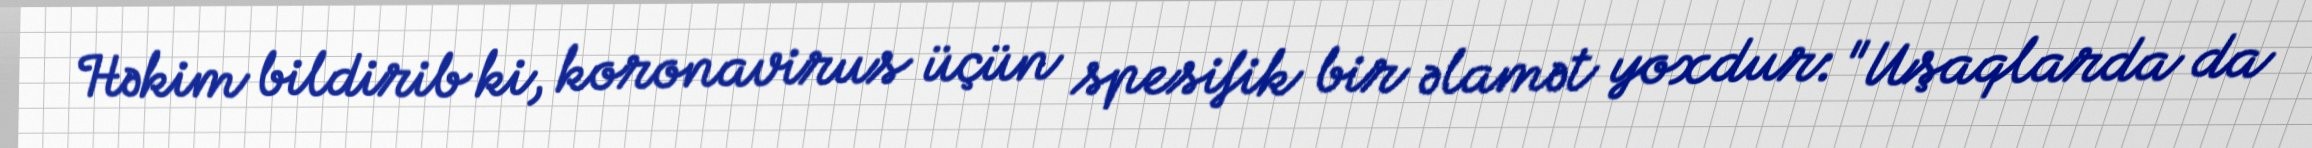
Həkim bildirib ki, koronavirus üçün spesifik bir əlamət yoxdur: "Uşaqlarda da